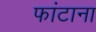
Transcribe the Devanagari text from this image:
फांटाना